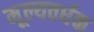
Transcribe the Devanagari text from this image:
मूल्यवर्धक